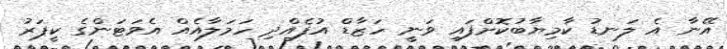
އޭނާ އެ ލަނޑު ކާމިޔާބުކޮށްފައި ވަނީ ހަޒާޑް އުފެއްދި ހަމަލާއެއް އެވަޓަންގެ ކީޕަރު